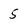
Character: 5